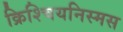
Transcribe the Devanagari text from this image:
क्रिश्चियनिस्मस